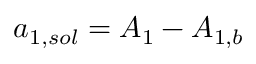
{ a _ { 1 , s o l } } = { A _ { 1 } } - { A _ { 1 , b } }